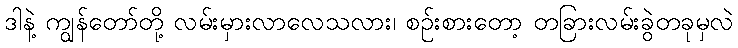
ဒါနဲ့ ကျွန်တော်တို့ လမ်းမှားလာလေသလား၊ စဉ်းစားတော့ တခြားလမ်းခွဲတခုမှလဲ